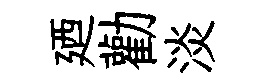
廼勸淡